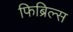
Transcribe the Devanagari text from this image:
फिब्रिल्स